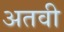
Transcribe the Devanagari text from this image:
अतवी